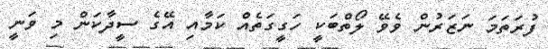
ފުރަތަމަ ނަޒަރުން ވެވޭ ލޯތްބަކީ ހަގީގަތެއް ކަމާއި އޭގެ ސީދާކަން މި ވަނީ